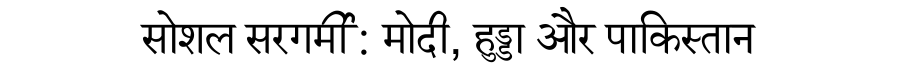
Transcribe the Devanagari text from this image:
सोशल सरगर्मी: मोदी, हुड्डा और पाकिस्तान